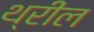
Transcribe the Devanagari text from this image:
थ्रील